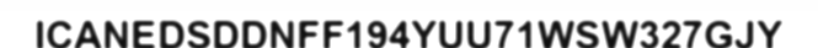
ICANEDSDDNFF194YUU71WSW327GJY